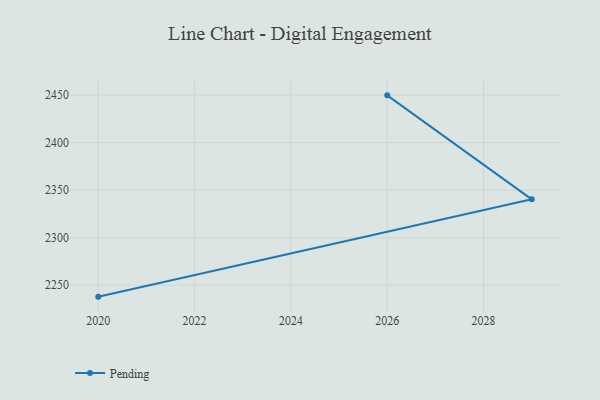
{"axis": {"x": "Year", "y": "Demand Index"}, "legend": ["Pending"], "data": [{"x": "2026", "y": 2449.7, "type": "Pending"}, {"x": "2029", "y": 2340.3, "type": "Pending"}, {"x": "2020", "y": 2237.9, "type": "Pending"}]}